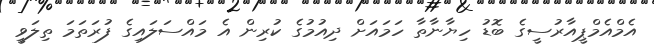
އެމްއެމްޕީއާރުސީގެ ބޮޑު ހިޔާނާތާ ހަމައަށް ދިއުމުގެ ކުރިން އެ މައްސަލައިގެ ފުރަތަމަ ތިލަވީ